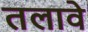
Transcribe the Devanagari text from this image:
तलावे